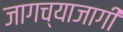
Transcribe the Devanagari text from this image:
जागच्याजागी